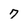
Character: 7